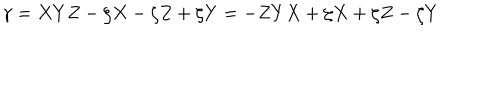
\gamma = X Y Z - \zeta X - \zeta Z + \zeta Y = - Z Y X + \zeta X + \zeta Z - \zeta Y